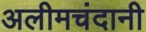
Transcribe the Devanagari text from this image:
अलीमचंदानी